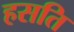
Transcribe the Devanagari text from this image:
हसति